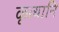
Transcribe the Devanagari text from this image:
कृत्यानि